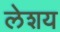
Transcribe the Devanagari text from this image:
लेशय